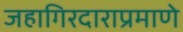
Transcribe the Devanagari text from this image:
जहागिरदाराप्रमाणे